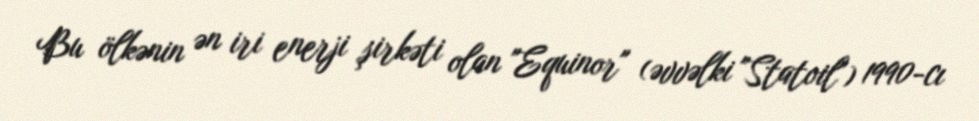
Bu ölkənin ən iri enerji şirkəti olan "Equinor" (əvvəlki "Statoil") 1990-cı